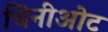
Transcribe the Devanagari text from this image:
चिनीओट